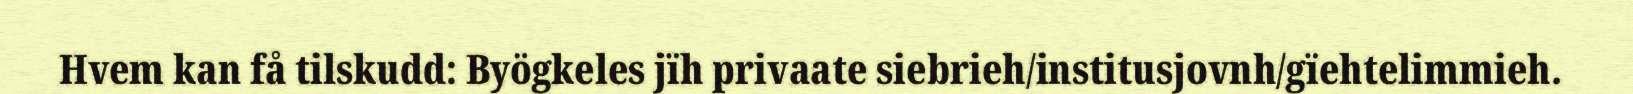
Hvem kan få tilskudd: Byögkeles jïh privaate siebrieh/institusjovnh/gïehtelimmieh.